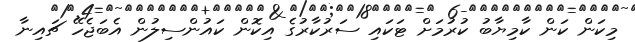
މިކަން ކަން ކާމިޔާބު ކުރުމަށް ޓަކައި ސަރުކާރުގެ އިކޮން ކައުންސިލުން އެބަޖެހޭ ޗައިނާ